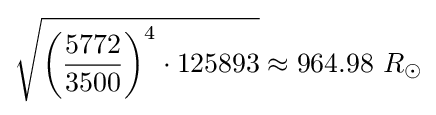
{\sqrt {\left({\frac {5772}{3500}}\right)^{4}\cdot 125893}}\approx 964.98\ R_{\odot }